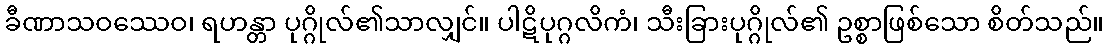
ခီဏာသဝဿေဝ၊ ရဟန္တာ ပုဂ္ဂိုလ်၏သာလျှင်။ ပါဋိပုဂ္ဂလိကံ၊ သီးခြားပုဂ္ဂိုလ်၏ ဥစ္စာဖြစ်သော စိတ်သည်။